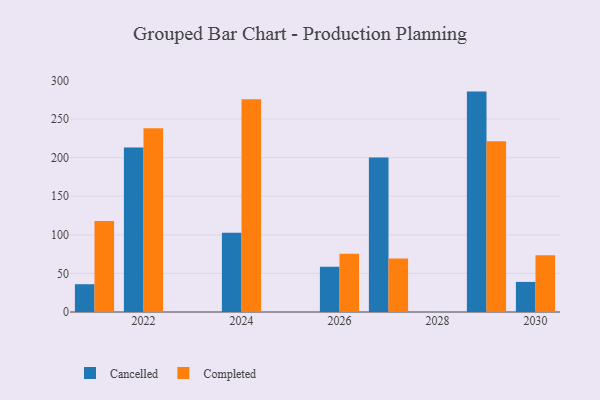
{"axis": {"x": "Year", "y": "Bounce Rate (%)"}, "legend": ["Cancelled", "Completed"], "data": [{"x": "2024", "y": 102.6, "type": "Cancelled"}, {"x": "2024", "y": 275.6, "type": "Completed"}, {"x": "2026", "y": 58.7, "type": "Cancelled"}, {"x": "2026", "y": 75.6, "type": "Completed"}, {"x": "2030", "y": 39.0, "type": "Cancelled"}, {"x": "2030", "y": 73.7, "type": "Completed"}, {"x": "2022", "y": 213.3, "type": "Cancelled"}, {"x": "2022", "y": 238.0, "type": "Completed"}, {"x": "2021", "y": 36.0, "type": "Cancelled"}, {"x": "2021", "y": 117.8, "type": "Completed"}, {"x": "2027", "y": 200.3, "type": "Cancelled"}, {"x": "2027", "y": 69.3, "type": "Completed"}, {"x": "2029", "y": 285.6, "type": "Cancelled"}, {"x": "2029", "y": 221.3, "type": "Completed"}]}